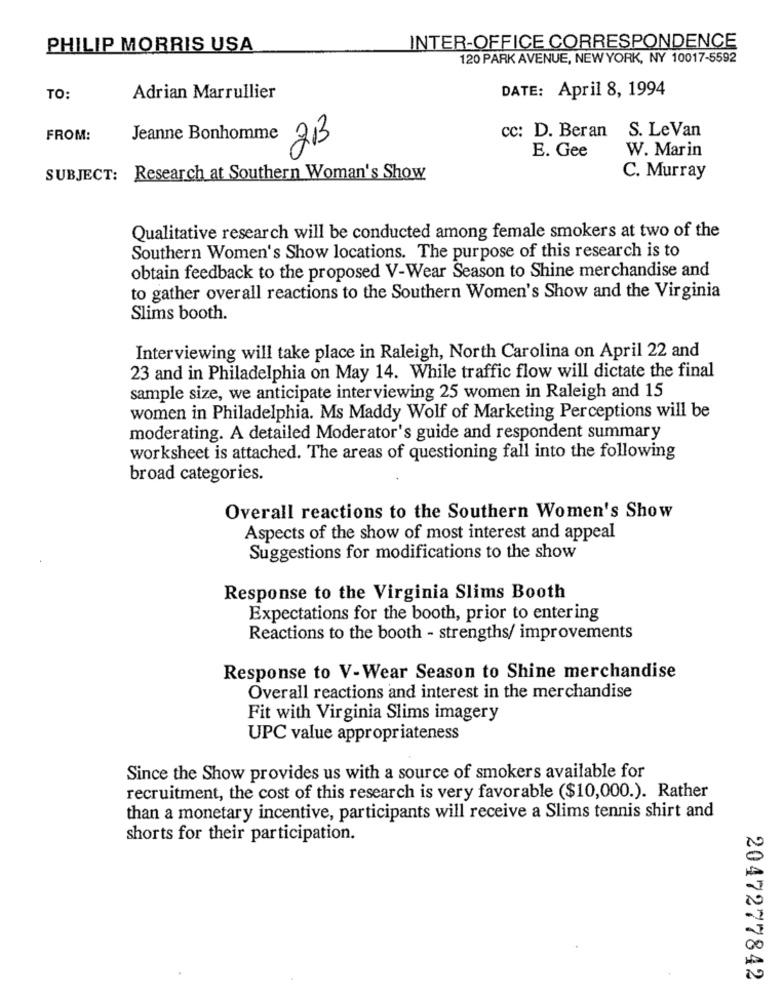
PHILIP MORRIS USA
INTER-OFFICE CORRESPONDENCE
120 PARK AVENUE, NEW YORK, NY 10017-5592
DATE: April 8, 1994
TO:
Adrian Marrullier
cc: D. Beran
S. LeVan
FROM:
Jeanne Bonhomme
2B
W. Marin
E. Gee
SUBJECT: Research at Southern Woman's Show
C. Murray
Qualitative research will be conducted among female smokers at two of the
Southern Women's Show locations. The purpose of this research is to
obtain feedback to the proposed V-Wear Season to Shine merchandise and
to gather overall reactions to the Southern Women's Show and the Virginia
Slims booth.
Interviewing will take place in Raleigh, North Carolina on April 22 and
23 and in Philadelphia on May 14. While traffic flow will dictate the final
sample size, we anticipate interviewing 25 women in Raleigh and 15
women in Philadelphia. Ms Maddy Wolf of Marketing Perceptions will be
moderating. A detailed Moderator's guide and respondent summary
worksheet is attached. The areas of questioning fall into the following
broad categories.
Overall reactions to the Southern Women's Show
Aspects of the show of most interest and appeal
Suggestions for modifications to the show
Response to the Virginia Slims Booth
Expectations for the booth, prior to entering
Reactions to the booth - strengths/ improvements
Response to V-Wear Season to Shine merchandise
Overall reactions and interest in the merchandise
Fit with Virginia Slims imagery
UPC value appropriateness
Since the Show provides us with a source of smokers available for
recruitment, the cost of this research is very favorable ($10,000.). Rather
than a monetary incentive, participants will receive a Slims tennis shirt and
shorts for their participation.
2047277842